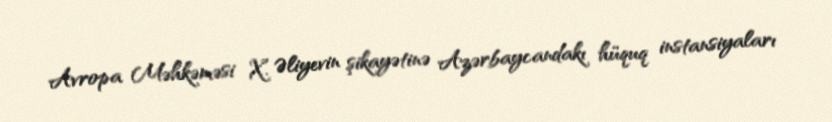
Avropa Məhkəməsi X. Əliyevin şikayətinə Azərbaycandakı hüquq instansiyaları